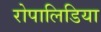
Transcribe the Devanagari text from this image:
रोपालिडिया